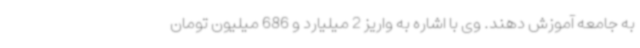
به جامعه آموزش دهند. وی با اشاره به واریز 2 میلیارد و 686 میلیون تومان